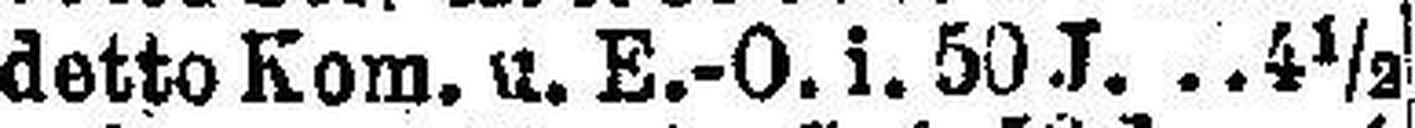
detto Kom. u. E.-O. i. 50 J. 4½